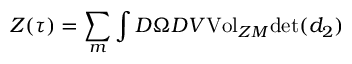
{ \cal { Z } } ( \tau { } ) = \sum _ { m } \int { \cal { D } } \Omega { \cal { D } } V { \mathrm { V o l } } _ { Z M } { \mathrm { d e t } } ( d _ { 2 } )